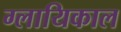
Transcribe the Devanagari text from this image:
ग्लायिकाल